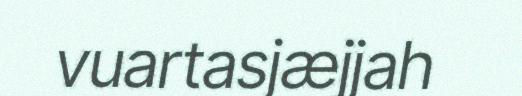
vuartasjæjjah